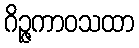
ဂိဉ္ဇကာဝသထာ